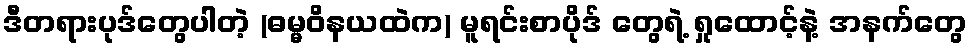
ဒီတရားပုဒ်တွေပါတဲ့ (ဓမ္မဝိနယထဲက) မူရင်းစာပိုဒ် တွေရဲ့ ရှုထောင့်နဲ့ အနက်တွေ